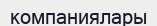
компаниялары